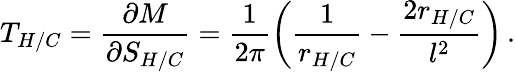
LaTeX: T_{H/C}=\frac{\partial M}{\partial S_{H/C}}=\frac{1}{2\pi}\left(\frac{1}{r_{H/C}}-\frac{2r_{H/C}}{l^{2}}\right)\, .